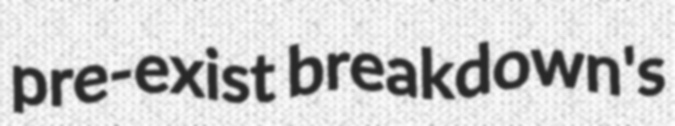
pre-exist breakdown's